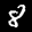
Label: 8